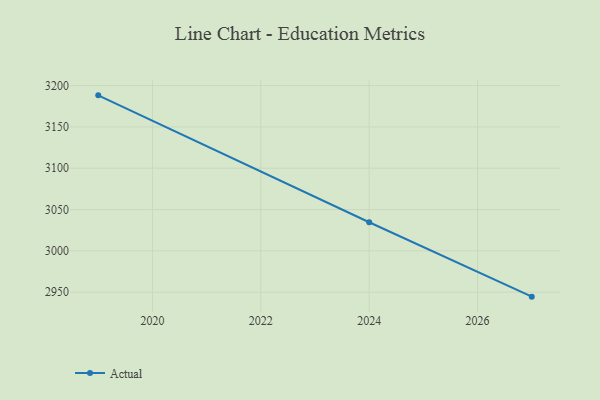
{"axis": {"x": "Year", "y": "Waste Production (Tons)"}, "legend": ["Actual"], "data": [{"x": "2019", "y": 3188.2, "type": "Actual"}, {"x": "2024", "y": 3034.6, "type": "Actual"}, {"x": "2027", "y": 2944.6, "type": "Actual"}]}